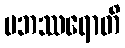
ပဘဿရောတိ